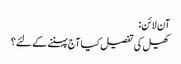
آن لائن:
کھیل کی تفصیل کیا آج پہننے کے لئے؟